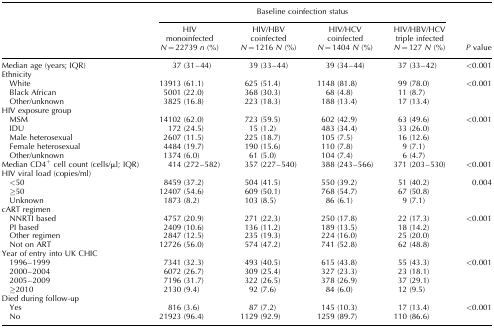
<table><thead><tr><td></td><td colspan="4"><b>Baseline coinfection status</b></td><td></td></tr><tr><td></td><td><b>HIV monoinfected</b></td><td><b>HIV/HBV coinfected</b></td><td><b>HIV/HCV coinfected</b></td><td><b>HIV/HBV/HCV triple infected</b></td><td></td></tr><tr><td></td><td><b><i>N</i> = 22739 <i>n</i> (%)</b></td><td><b><i>N</i> = 1216 <i>N</i> (%)</b></td><td><b><i>N</i> = 1404 <i>N</i> (%)</b></td><td><b><i>N</i> = 127 <i>N</i> (%)</b></td><td><b><i>P</i> value</b></td></tr></thead><tbody><tr><td>Median age (years; IQR)</td><td>37 (31–44)</td><td>39 (33–44)</td><td>39 (34–44)</td><td>37 (33–42)</td><td>&lt;0.001</td></tr><tr><td colspan="6">Ethnicity</td></tr><tr><td> White</td><td>13913 (61.1)</td><td>625 (51.4)</td><td>1148 (81.8)</td><td>99 (78.0)</td><td>&lt;0.001</td></tr><tr><td> Black African</td><td>5001 (22.0)</td><td>368 (30.3)</td><td>68 (4.8)</td><td>11 (8.7)</td><td></td></tr><tr><td> Other/unknown</td><td>3825 (16.8)</td><td>223 (18.3)</td><td>188 (13.4)</td><td>17 (13.4)</td><td></td></tr><tr><td colspan="6">HIV exposure group</td></tr><tr><td> MSM</td><td>14102 (62.0)</td><td>723 (59.5)</td><td>602 (42.9)</td><td>63 (49.6)</td><td>&lt;0.001</td></tr><tr><td> IDU</td><td>172 (24.5)</td><td>15 (1.2)</td><td>483 (34.4)</td><td>33 (26.0)</td><td></td></tr><tr><td> Male heterosexual</td><td>2607 (11.5)</td><td>225 (18.7)</td><td>105 (7.5)</td><td>16 (12.6)</td><td></td></tr><tr><td> Female heterosexual</td><td>4484 (19.7)</td><td>190 (15.6)</td><td>110 (7.8)</td><td>9 (7.1)</td><td></td></tr><tr><td> Other/unknown</td><td>1374 (6.0)</td><td>61 (5.0)</td><td>104 (7.4)</td><td>6 (4.7)</td><td></td></tr><tr><td>Median CD4<sup>+</sup> cell count (cells/μl; IQR)</td><td>414 (272–582)</td><td>357 (227–540)</td><td>388 (243–566)</td><td>371 (203–530)</td><td>&lt;0.001</td></tr><tr><td colspan="6">HIV viral load (copies/ml)</td></tr><tr><td> &lt;50</td><td>8459 (37.2)</td><td>504 (41.5)</td><td>550 (39.2)</td><td>51 (40.2)</td><td>0.004</td></tr><tr><td> ≥50</td><td>12407 (54.6)</td><td>609 (50.1)</td><td>768 (54.7)</td><td>67 (50.8)</td><td></td></tr><tr><td> Unknown</td><td>1873 (8.2)</td><td>103 (8.5)</td><td>86 (6.1)</td><td>9 (7.1)</td><td></td></tr><tr><td colspan="6">cART regimen</td></tr><tr><td> NNRTI based</td><td>4757 (20.9)</td><td>271 (22.3)</td><td>250 (17.8)</td><td>22 (17.3)</td><td>&lt;0.001</td></tr><tr><td> PI based</td><td>2409 (10.6)</td><td>136 (11.2)</td><td>189 (13.5)</td><td>18 (14.2)</td><td></td></tr><tr><td> Other regimen</td><td>2847 (12.5)</td><td>235 (19.3)</td><td>224 (16.0)</td><td>25 (20.0)</td><td></td></tr><tr><td> Not on ART</td><td>12726 (56.0)</td><td>574 (47.2)</td><td>741 (52.8)</td><td>62 (48.8)</td><td></td></tr><tr><td colspan="6">Year of entry into UK CHIC</td></tr><tr><td> 1996–1999</td><td>7341 (32.3)</td><td>493 (40.5)</td><td>615 (43.8)</td><td>55 (43.3)</td><td>&lt;0.001</td></tr><tr><td> 2000–2004</td><td>6072 (26.7)</td><td>309 (25.4)</td><td>327 (23.3)</td><td>23 (18.1)</td><td></td></tr><tr><td> 2005–2009</td><td>7196 (31.7)</td><td>322 (26.5)</td><td>378 (26.9)</td><td>37 (29.1)</td><td></td></tr><tr><td> ≥2010</td><td>2130 (9.4)</td><td>92 (7.6)</td><td>84 (6.0)</td><td>12 (9.5)</td><td></td></tr><tr><td colspan="6">Died during follow-up</td></tr><tr><td> Yes</td><td>816 (3.6)</td><td>87 (7.2)</td><td>145 (10.3)</td><td>17 (13.4)</td><td>&lt;0.001</td></tr><tr><td> No</td><td>21923 (96.4)</td><td>1129 (92.9)</td><td>1259 (89.7)</td><td>110 (86.6)</td><td></td></tr></tbody></table>